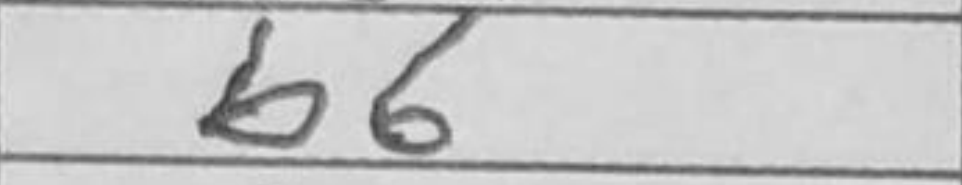
Transcription: b6